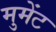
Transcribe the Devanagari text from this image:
मुमेंट